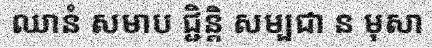
ឈានំ សមាប ជ្ជិន្តិ សម្បជា ន មុសា